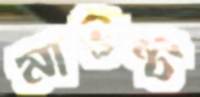
মাউন্ট